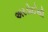
અરડોઈથી